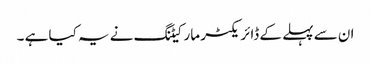
ان سے پہلے کے ڈائریکٹر مارکیٹنگ نے یہ کیا ہے ۔